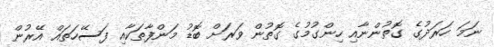
ނަމަ ހަރަދުގެ ގޮތުންނާއި ހިންގުމުގެ ގޮތުން ވަރަށް ބޮޑު މަންފާތަކާއި ފަސޭހަތައް އޭރުން